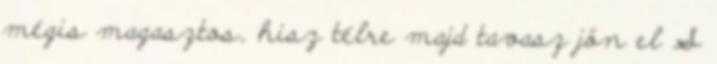
mégis magasztos, hisz télre majd tavasz jön el S